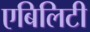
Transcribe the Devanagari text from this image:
एबिलिटी